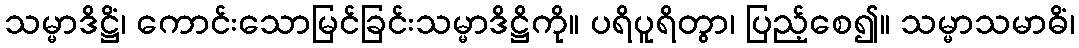
သမ္မာဒိဋ္ဌိံ၊ ကောင်းသောမြင်ခြင်းသမ္မာဒိဋ္ဌိကို။ ပရိပူရိတွာ၊ ပြည့်စေ၍။ သမ္မာသမာဓိံ၊